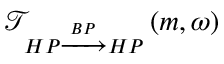
\mathcal { T } _ { H P \xrightarrow { B P } H P } \left( m , \omega \right)